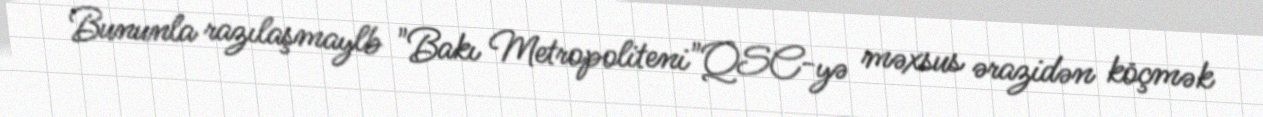
Bununla razılaşmaylb "Bakı Metropoliteni"QSC-yə məxsus ərazidən köçmək